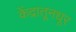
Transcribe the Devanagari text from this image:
केंद्रातूनधूर